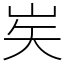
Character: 㞺